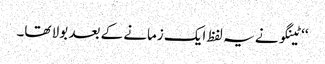
‘‘ ٹینگو نے یہ لفظ ایک زمانے کے بعد بولا تھا۔